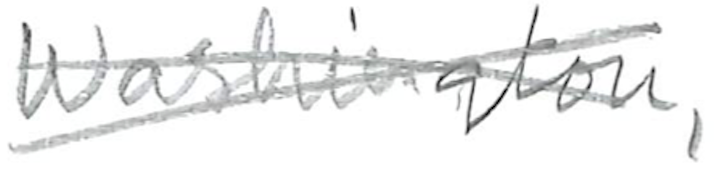
Text: Washington,
Cross-out: cross
Writing tool: pencil